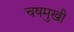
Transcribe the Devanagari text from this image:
चषमुखी